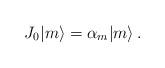
LaTeX: \begin{align*}J_{0} |m \rangle = \alpha_{m} |m \rangle \, . \end{align*}